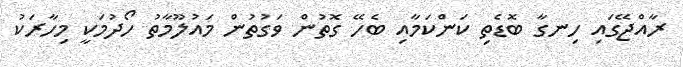
ރާއްޖޭގައި ހިނގާ ބޮޑެތި ކަންކަމާއި ބެހޭ ގޮތުން ވަގުތުން މައުލޫމާތު ހޯދުމަކީ މިހާރަކު